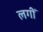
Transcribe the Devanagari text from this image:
लगीँ